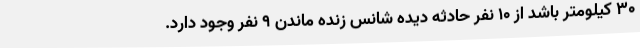
۳۰ کیلومتر باشد از ۱۰ نفر حادثه دیده شانس زنده ماندن ۹ نفر وجود دارد.